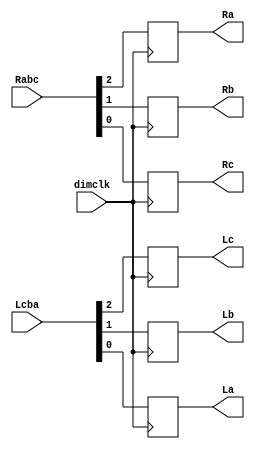
module tailLightdimmer(dimclk,Lcba,Rabc,Lc,Lb,La,Ra,Rb,Rc);
input dimclk;
input[2:0] Lcba, Rabc;
output reg Lc, Lb, La, Ra, Rb, Rc;
             
 always@(posedge dimclk ) begin

 Lc = Lcba[2];
 Lb = Lcba[1];
 La = Lcba[0];
 Ra = Rabc[2];
 Rb = Rabc[1];
 Rc = Rabc[0];

 end
 endmodule